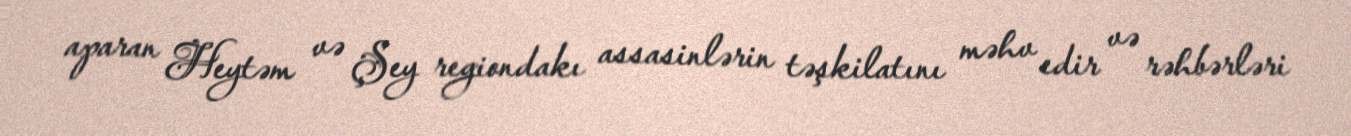
aparan Heytəm və Şey regiondakı assasinlərin təşkilatını məhv edir və rəhbərləri